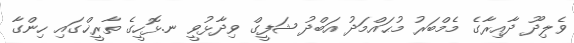
ވެލިދޫ ދާއިރާގެ މެމްބަރު މުޙައްމަދު އަބްދު ޝަފީގް ވިދާޅުވީ ނ.ޅޮހީގެ ތާރީޚްގައި ހިންގާ